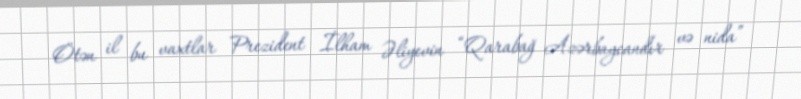
Ötən il bu vaxtlar Prezident İlham Əliyevin “Qarabağ Azərbaycandır və nida”